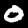
Label: 0